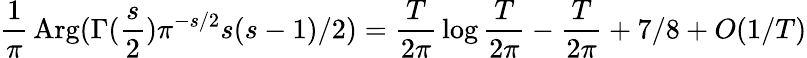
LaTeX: {\frac{1}{\pi}}\mathop{\mathrm{Arg}}(\Gamma({\frac{s}{2}})\pi^{-s/2}s(s-1)/2)={\frac{T}{2\pi}}\log{\frac{T}{2\pi}}-{\frac{T}{2\pi}}+7/8+O(1/T)